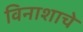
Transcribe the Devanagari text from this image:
विनाशाचे